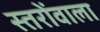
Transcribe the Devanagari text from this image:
स्तरोंवाला